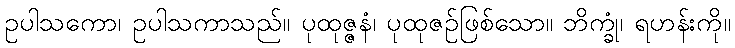
ဥပါသကော၊ ဥပါသကာသည်။ ပုထုဇ္ဇနံ၊ ပုထုဇဉ်ဖြစ်သော။ ဘိက္ခုံ၊ ရဟန်းကို။